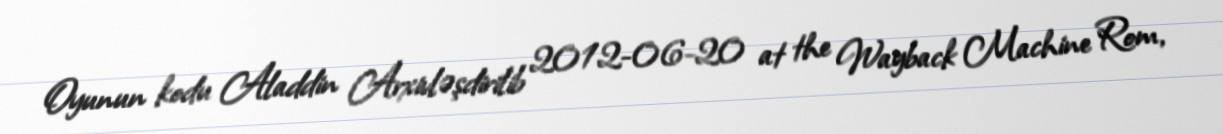
Oyunun kodu Aladdin Arxivləşdirilib 2012-06-20 at the Wayback Machine Rom,